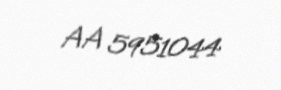
AA 5951044